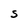
Character: S